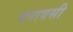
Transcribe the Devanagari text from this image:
बनावसी